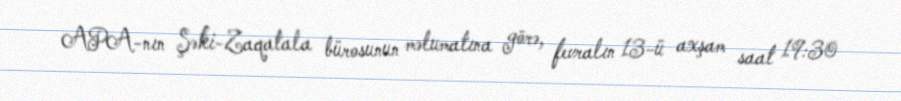
APA-nın Şəki-Zaqatala bürosunun məlumatına görə, fevralın 13-ü axşam saat 19:30